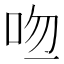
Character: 𠱎